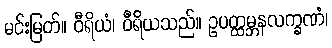
မင်းမြတ်။ ဝီရိယံ၊ ဝီရိယသည်။ ဥပတ္ထမ္ဘနလက္ခဏံ၊